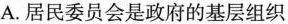
A.居民委员会是政府的基层组织